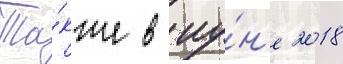
Та́кже в иу́н'е 2018